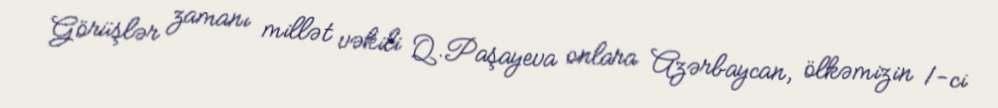
Görüşlər zamanı millət vəkili Q.Paşayeva onlara Azərbaycan, ölkəmizin 1-ci